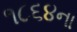
૧૮૬૪ના